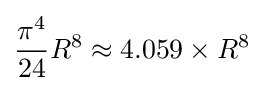
{\frac {\pi ^{4}}{24}}R^{8}\approx 4.059\times R^{8}